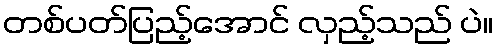
တစ်ပတ်ပြည့်အောင် လှည့်သည် ပဲ။